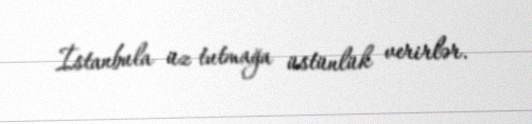
İstanbula üz tutmağa üstünlük verirlər.